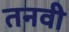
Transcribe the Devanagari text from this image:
तनवी